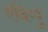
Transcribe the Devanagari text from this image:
एदिर्प्पु